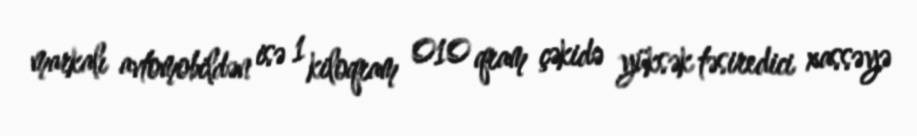
markalı avtomobildən isə 1 kiloqram 010 qram çəkidə yüksək təsiredici xassəyə